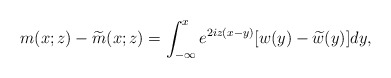
\begin{align*}m(x;z)-\widetilde{m}(x;z)=\int_{-\infty}^x e^{2iz(x-y)}[w(y)-\widetilde{w}(y)]dy,\end{align*}